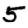
Digit: 5